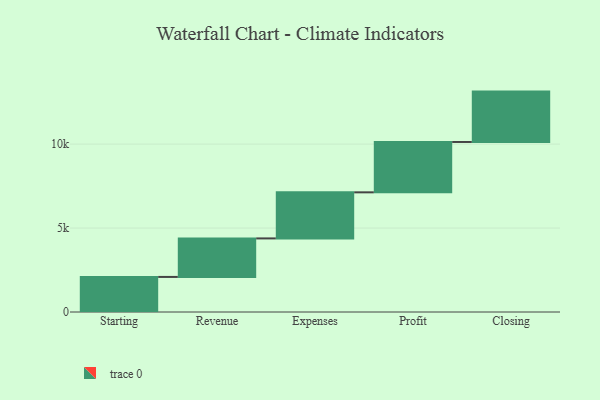
{"axis": {"x": "Step", "y": "Value"}, "legend": [""], "data": [{"x": "Starting", "y": 2089.0, "type": ""}, {"x": "Revenue", "y": 2294.0, "type": ""}, {"x": "Expenses", "y": 2744.0, "type": ""}, {"x": "Profit", "y": 3000, "type": ""}, {"x": "Closing", "y": 3000, "type": ""}]}